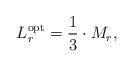
LaTeX: \begin{align*} L_r^{\rm opt} = \frac{1}{3} \cdot M_r,\end{align*}